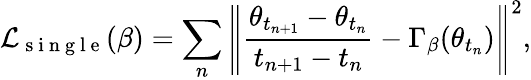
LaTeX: \mathcal{L}_{\mathrm{~s~i~n~g~l~e~}}(\beta)=\sum_{n}\left\| \frac{\theta_{t_{n+1}}-\theta_{t_{n}}}{t_{n+1}-t_{n}}-\Gamma_{\beta}(\theta_{t_{n}})\right\| ^{2},